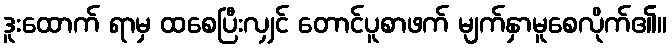
ဒူးထောက် ရာမှ ထစေပြီးလျှင် တောင်ပူစာဖက် မျက်နှာမူစေလိုက်၏။